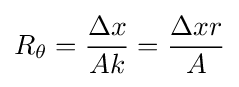
R_{\theta }={\frac {\Delta x}{Ak}}={\frac {\Delta xr}{A}}